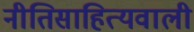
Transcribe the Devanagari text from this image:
नीतिसाहित्यवाली